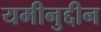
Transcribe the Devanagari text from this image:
यमीनुद्दीन